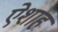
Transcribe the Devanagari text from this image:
ऐशाह